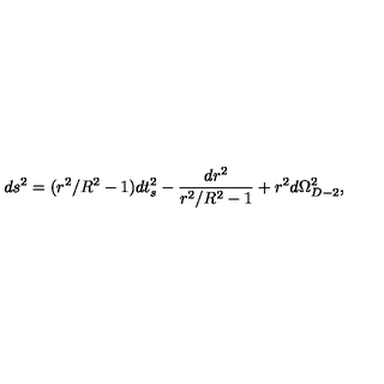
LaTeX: d s ^ { 2 } = ( r ^ { 2 } / R ^ { 2 } - 1 ) d t _ { s } ^ { 2 } - { \frac { d r ^ { 2 } } { r ^ { 2 } / R ^ { 2 } - 1 } } + r ^ { 2 } d \Omega _ { D - 2 } ^ { 2 } ,